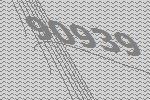
90939